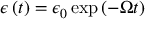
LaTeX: \epsilon \left( t \right) = \epsilon _ { 0 } \exp \left( - \Omega t \right)